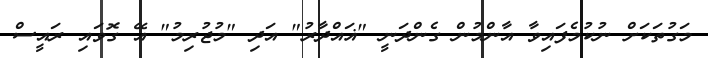
މަގުތަކަށް ނުކުމެފައިވާ އާންމުން ގެންދަނީ "ޣައްދާރު" އަދި "މުޖުރިމު" އޭ ގޮވައި ރައީސް